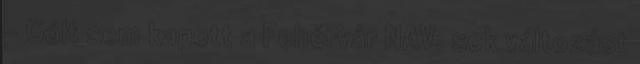
- Gólt sem kapott a Fehérvár NAV: sok változást